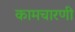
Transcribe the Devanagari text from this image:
कामचारणी